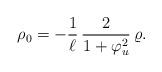
LaTeX: \begin{align*}\rho_0=-\frac{1}{\ell}\,\frac{2}{1+\varphi_u^2}\,\varrho.\end{align*}